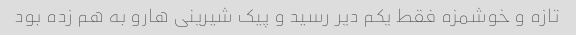
تازه و خوشمزه فقط یکم دیر رسید و پیک شیرینی هارو به هم زده بود